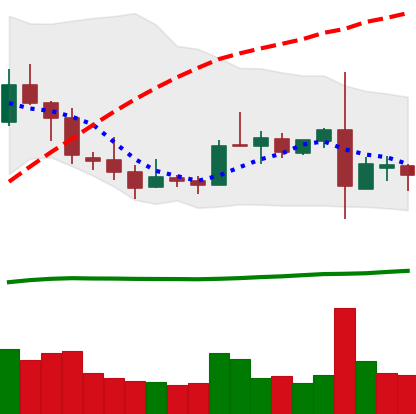
Ticker: TRX-USD
Chart end date: 2019-02-27
Forward return: -4.948%
Label: down_3_5